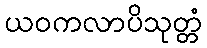
ယဝကလာပိသုတ္တံ